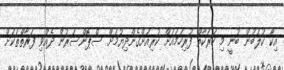
އިކޯ ކުލަބުން ބުނީ މި ހަރަކާތް ފުރިހަމައަށް ކުރިއަށްގެންދިޔުމަށް ސްޕޮންސަރުން ދެއްވި ފަރާތްތަކަށް